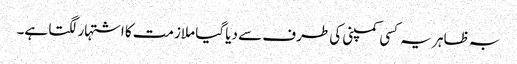
بہ ظاہر یہ کسی کمپنی کی طرف سے دیا گیا ملازمت کا اشتہار لگتا ہے۔